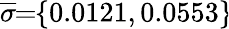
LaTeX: \overline{{\sigma}}\! \! =\! \! \{ 0.0121,0.0553\} \!